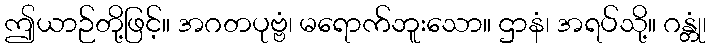
ဤယာဉ်တို့ဖြင့်။ အဂတပုဗ္ဗံ၊ မရောက်ဘူးသော။ ဌာနံ၊ အရပ်သို့။ ဂန္တုံ၊